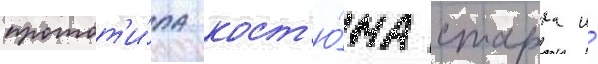
протот'и́па кост'ю́ма старка и́